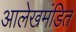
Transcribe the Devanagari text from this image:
आलेखमंडित